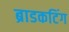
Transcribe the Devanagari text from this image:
ब्राडकटिंग